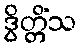
ဒွိတ္တိံသ